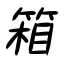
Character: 箱